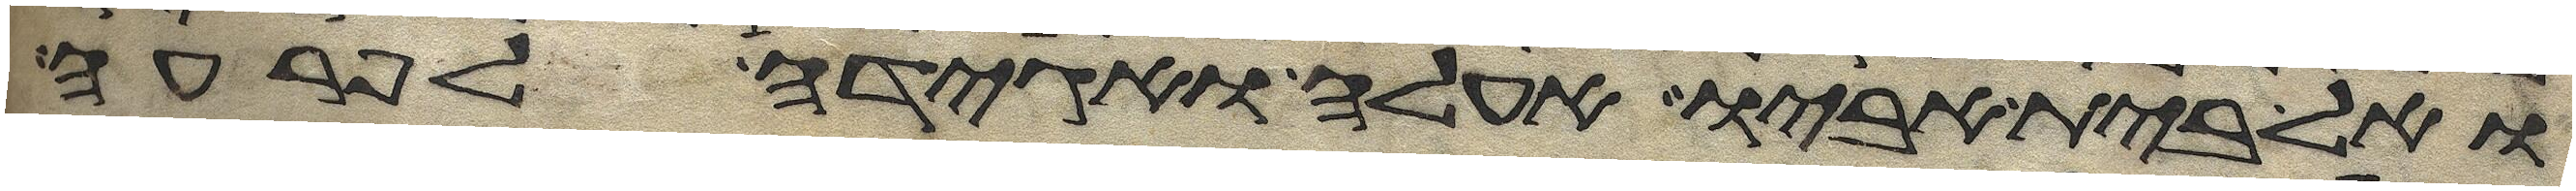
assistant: ואל בית אביו אעלה ואגידה לפרעה